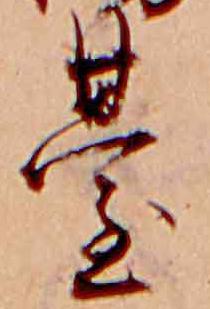
台